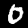
Label: 0